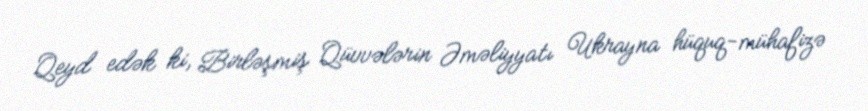
Qeyd edək ki, Birləşmiş Qüvvələrin Əməliyyatı Ukrayna hüquq-mühafizə